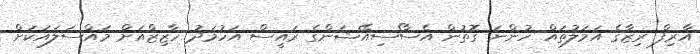
އާރިފް ރިޒާގެ އަމަލުތައް ހުންނަ ގޮތުން އެސޯސިއޭޝަންގެ ރައީސް އަހުމަދު ހާޒިޒްއަށް މައްސަލައަކަށް